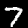
Digit: 7